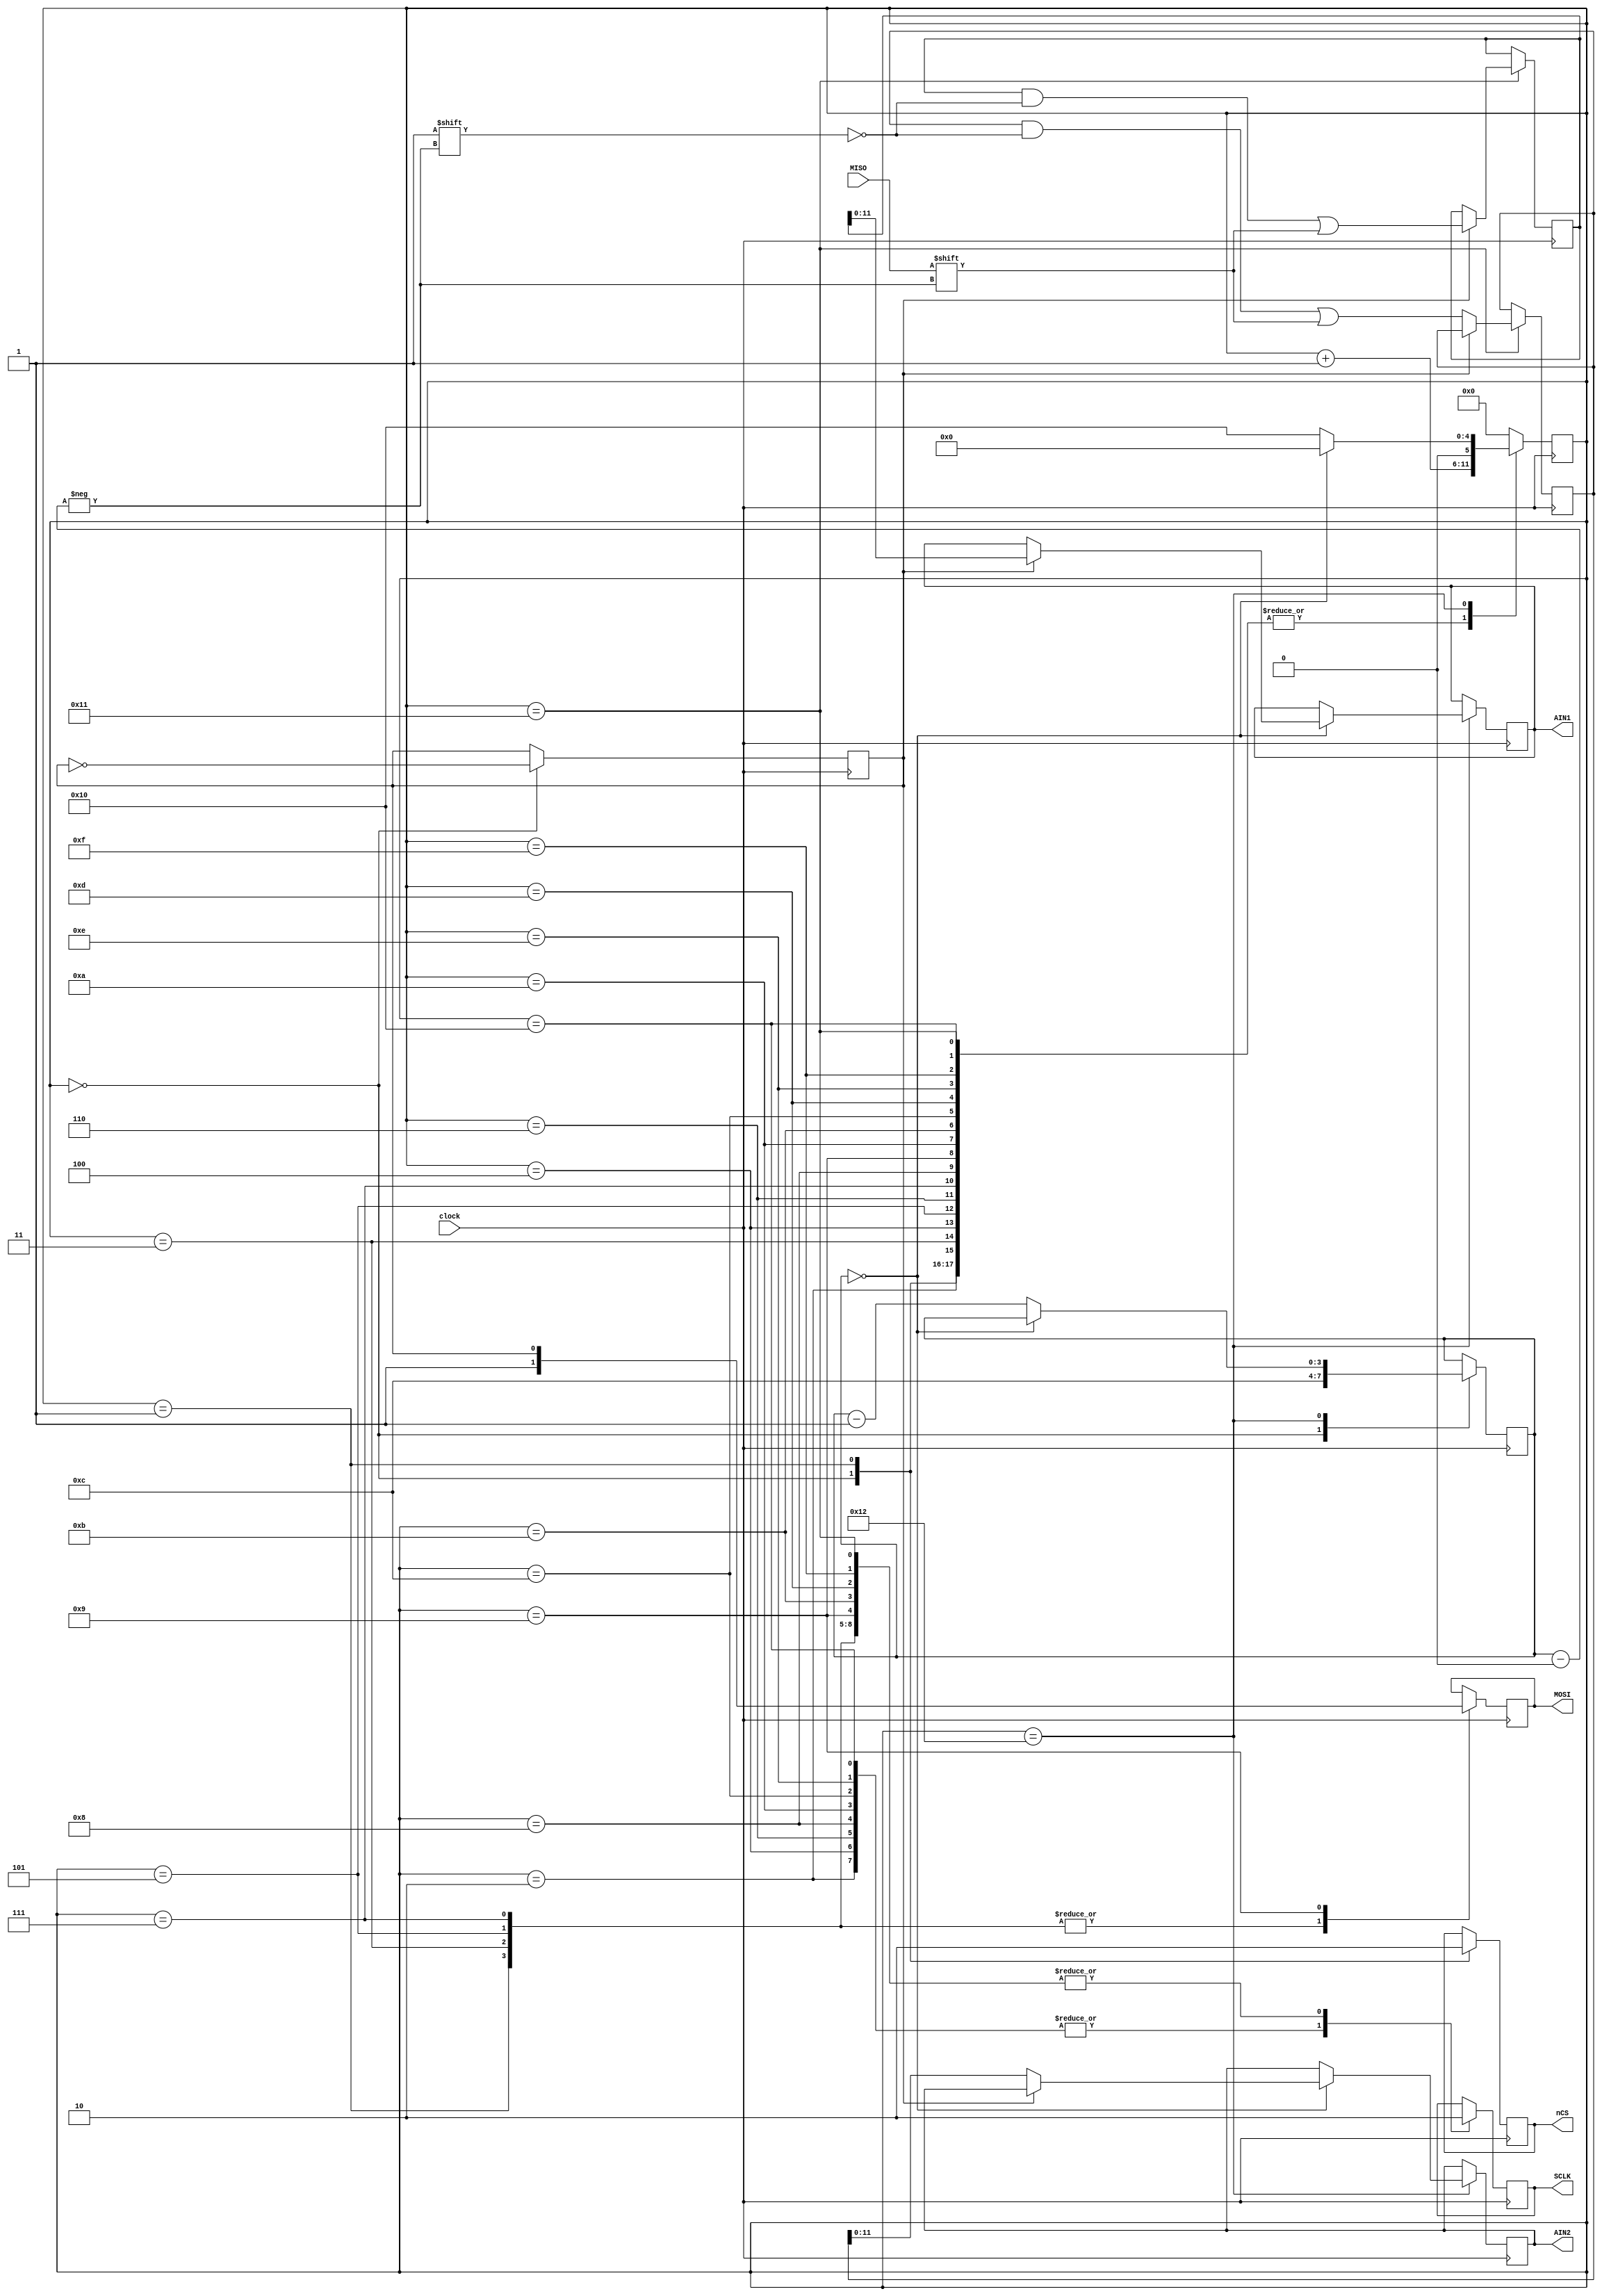
//  David Fainitski N7DDC
//  for Odyssey-2 project
//  MCP3202 control
// modified eu1sw for MCP3204 control
// CS/ --|_____________________________________________________________________________________________________|--------
// CLK --|__|--|__|--|__|--|__|--|__|--|__|--|__|--|__|--|__|--|__|--|__|--|__|--|__|--|__|--|__|--|__|--|__|--|__|--
// DIN      1     1     CH    1  ---------------------------------
// DOUT  ---------------------------0     B11   B10    B9   B8    B7    B6    B5    B4    B3    B2    B1    B0

module Angelia_AD4(clock, SCLK, nCS, MISO, MOSI, AIN1, AIN2);

input  wire       clock;
output reg        SCLK;
output reg        nCS;
input  wire       MISO;
output reg        MOSI;
output reg [11:0] AIN1; // 
output reg [11:0] AIN2; // 


reg   [5:0] ADC_state = 1'd0;
reg   [3:0] bit_cnt;
reg  [12:0] temp_1;	
reg  [12:0] temp_2;
reg CH = 0;


// NOTE: this code generates the SCLK clock for the ADC
always @ (posedge clock)
begin
  case (ADC_state)
  0:
	begin
    nCS <= 1;          // set nCS high
    bit_cnt <= 4'd12;         // set bit counter
	 CH <= ~CH;
    ADC_state <= ADC_state + 1'd1;
	end
	
  1:
	begin
    nCS  <= 0;             		// select ADC
	 SCLK <= 0;
    MOSI      <= 1; // START bit
    ADC_state <= ADC_state + 1'd1;
	end
	
  2:
	begin
    SCLK      <= 1;          // SCLK high
    ADC_state <= ADC_state + 1'd1;
	end
	
  3:
	begin
    SCLK      <= 0;          // SCLK low
	 MOSI      <= 1; // SGL/DIFF bit
    ADC_state <= ADC_state + 1'd1;
	end

   4:
	begin
    SCLK      <= 1;          // SCLK high
    ADC_state <= ADC_state + 1'd1;
	end

		5:
			begin
		    SCLK      <= 0;          // SCLK low
			 MOSI      <= 1; // D2 bit
		    ADC_state <= ADC_state + 1'd1;
			end
		
		   6:
			begin
		    SCLK      <= 1;          // SCLK high
		    ADC_state <= ADC_state + 1'd1;
			end
		7:
			begin
		    SCLK      <= 0;          // SCLK low
			 MOSI      <= 1; // D1 bit
		    ADC_state <= ADC_state + 1'd1;
			end
		
		   8:
			begin
		    SCLK      <= 1;          // SCLK high
		    ADC_state <= ADC_state + 1'd1;
			end
	
		  9:
			begin
		    SCLK      <= 0;          // SCLK low
			 MOSI <= CH; // Channel select
		    ADC_state <= ADC_state + 1'd1;
			end
			
			10:
			begin
		    SCLK      <= 1;          // SCLK high
		    ADC_state <= ADC_state + 1'd1;
			end
		
			11:
			begin
		    SCLK      <= 0;          // SCLK low
		    ADC_state <= ADC_state + 1'd1;
			end
			
			12:
			begin
		    SCLK      <= 1;          // SCLK high
		    ADC_state <= ADC_state + 1'd1;
			end
			13:
			begin
		    SCLK      <= 0;          // SCLK low
		    ADC_state <= ADC_state + 1'd1;
			end
			
			14:
			begin
		    SCLK      <= 1;          // SCLK high
		    ADC_state <= ADC_state + 1'd1;
			end
	
	
  15:
	begin
    SCLK      <= 0;          // SCLK low
    ADC_state <= ADC_state + 1'd1;
	end
	
	16:
	begin
    SCLK      <= 1;          // SCLK high
    ADC_state <= ADC_state + 1'd1;
	end
	
	17:
	begin
	 if(CH) temp_1[bit_cnt] <= MISO; else temp_2[bit_cnt] <= MISO;
    SCLK      <= 0;          // SCLK low
	 ADC_state <= ADC_state + 1'd1;
	end 
	
  18:
    if(bit_cnt == 0) 
	 begin 
	   if(CH) AIN1 <= temp_1[11:0]; else AIN2 <= temp_2[11:0];
		ADC_state <= 1'd0;
	 end	
	 else
	 begin 
	   bit_cnt <= bit_cnt - 1'd1;
      ADC_state <= 6'd16;
	 end

  default:
    ADC_state <= 0;
  endcase
end 



endmodule